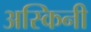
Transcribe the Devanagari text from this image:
अस्किनी